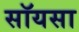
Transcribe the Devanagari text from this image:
सॉयसा